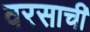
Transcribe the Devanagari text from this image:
वरसाची